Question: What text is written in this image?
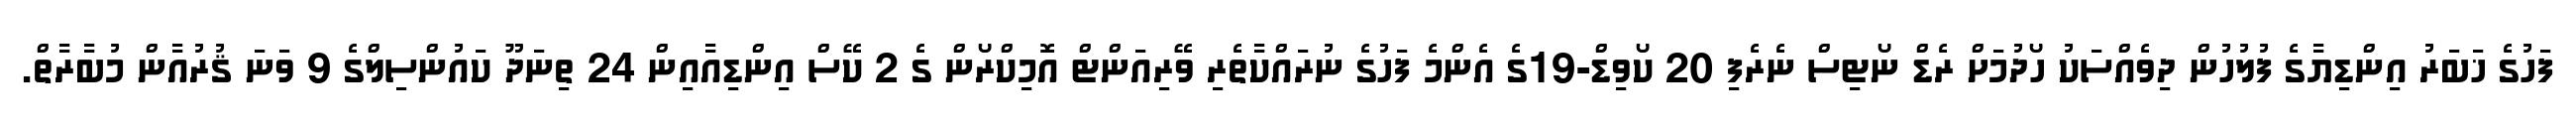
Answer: ފަހުގެ ޚަބަރު އިންޑިޔާގެ ފުލުހުން ދިވެއްސަކު ހޯދުމަށް ރެޑް ނޯޓިސް ނެރެފި 20 ކޯވިޑް-19ގެ އެންމެ ފަހުގެ ނުރައްކާތެރި ވޭރިއަންޓް އޮމިކްރޯން ގެ 2 ކޭސް އިންޑިއާއިން 24 ތިނަދޫ ކައުންސިލްގެ 9 ވަނަ ޤުރުއާން މުބާރާތް.